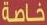
خاصة